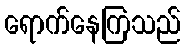
ရောက်နေကြသည်